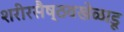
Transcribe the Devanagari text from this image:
शरीरसैष्ठवखेळाडू